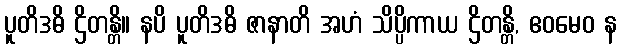
ပူတိဒဓိ ဌိတန္တိ။ နပိ ပူတိဒဓိ ဇာနာတိ အဟံ သိပ္ပိကာယ ဌိတန္တိ, ဧဝမေဝ န